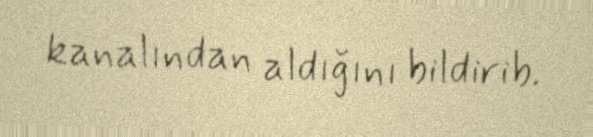
kanalından aldığını bildirib.